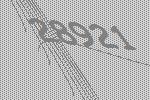
28921